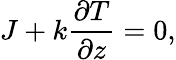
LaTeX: J+k\frac{\partial T}{\partial z}=0,